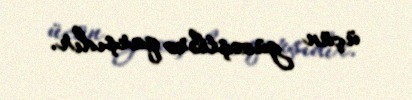
üçün güzəştlərə qarşıdır.